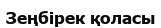
Зеңбірек қоласы